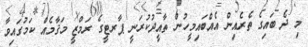
މި ދެ ބައިގެ ތެރެއިން އެއްބައިމީހުން ތާއީދުކުރަނީ ޕާރޓީގެ ރަމްޒީ މަޤާމެއް ކަމުގައިވާ